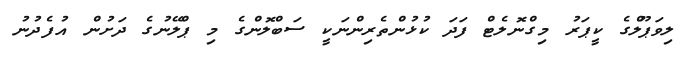
ލިވަޕޫލްގެ ކީޕަރު މިގްނޮލެޓް ފަދަ ކުޅުންތެރިންނަކީ ސަބްލޮންގެ މި ޕްލޭނުގެ ދަށުން އުފެދުނު